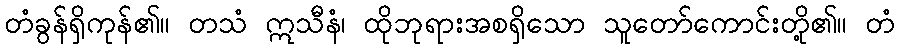
တံခွန်ရှိကုန်၏။ တသံ ဣသီနံ၊ ထိုဘုရားအစရှိသော သူတော်ကောင်းတို့၏။ တံ